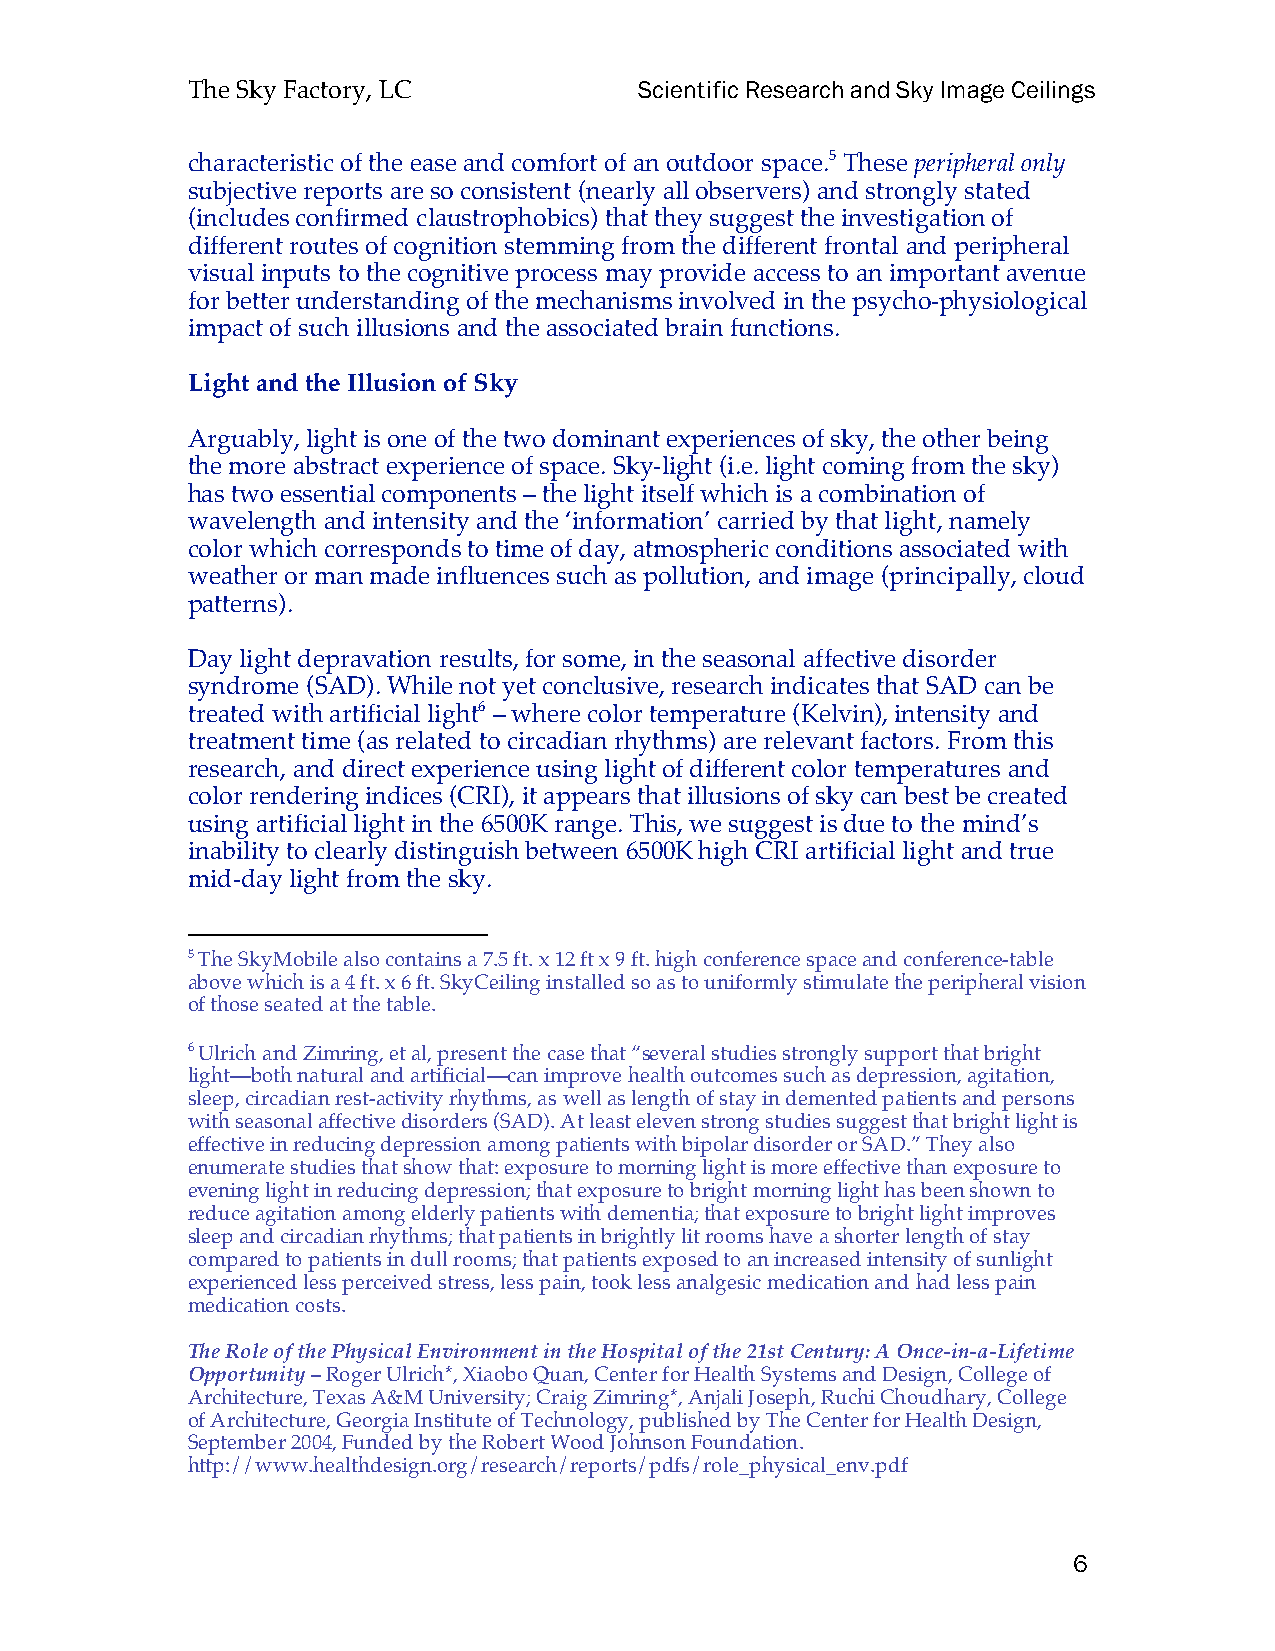
The Sky Factory, LC           Scientific Research and Sky Image Ceilings
 characteristic of the ease and comfort of an outdoor space.5 These peripheral only
 subjective reports are so consistent (nearly all observers) and strongly stated
 (includes confirmed claustrophobics) that they suggest the investigation of
 different routes of cognition stemming from the different frontal and peripheral
 visual inputs to the cognitive process may provide access to an important avenue
 for better understanding of the mechanisms involved in the psycho-physiological
 impact of such illusions and the associated brain functions.
 Light and the Illusion of Sky
 Arguably, light is one of the two dominant experiences of sky, the other being
 the more abstract experience of space. Sky-light (i.e. light coming from the sky)
 has two essential components – the light itself which is a combination of
 wavelength and intensity and the ‘information’ carried by that light, namely
 color which corresponds to time of day, atmospheric conditions associated with
 weather or man made influences such as pollution, and image (principally, cloud
 patterns).
 Day light depravation results, for some, in the seasonal affective disorder
 syndrome (SAD). While not yet conclusive, research indicates that SAD can be
 treated with artificial light6 – where color temperature (Kelvin), intensity and
 treatment time (as related to circadian rhythms) are relevant factors. From this
 research, and direct experience using light of different color temperatures and
 color rendering indices (CRI), it appears that illusions of sky can best be created
 using artificial light in the 6500K range. This, we suggest is due to the mind’s
 inability to clearly distinguish between 6500K high CRI artificial light and true
 mid-day light from the sky.
 5 The SkyMobile also contains a 7.5 ft. x 12 ft x 9 ft. high conference space and conference-table
 above which is a 4 ft. x 6 ft. SkyCeiling installed so as to uniformly stimulate the peripheral vision
 of those seated at the table.
 6 Ulrich and Zimring, et al, present the case that “several studies strongly support that bright
 light—both natural and artificial—can improve health outcomes such as depression, agitation,
 sleep, circadian rest-activity rhythms, as well as length of stay in demented patients and persons
 with seasonal affective disorders (SAD). At least eleven strong studies suggest that bright light is
 effective in reducing depression among patients with bipolar disorder or SAD.” They also
 enumerate studies that show that: exposure to morning light is more effective than exposure to
 evening light in reducing depression; that exposure to bright morning light has been shown to
 reduce agitation among elderly patients with dementia; that exposure to bright light improves
 sleep and circadian rhythms; that patients in brightly lit rooms have a shorter length of stay
 compared to patients in dull rooms; that patients exposed to an increased intensity of sunlight
 experienced less perceived stress, less pain, took less analgesic medication and had less pain
 medication costs.
 The Role of the Physical Environment in the Hospital of the 21st Century: A Once-in-a-Lifetime
 Opportunity – Roger Ulrich*, Xiaobo Quan, Center for Health Systems and Design, College of
 Architecture, Texas A&M University; Craig Zimring*, Anjali Joseph, Ruchi Choudhary, College
 of Architecture, Georgia Institute of Technology, published by The Center for Health Design,
 September 2004, Funded by the Robert Wood Johnson Foundation.
 http://www.healthdesign.org/research/reports/pdfs/role_physical_env.pdf
 6